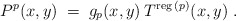
\begin{align*}P^p(x,y) \;=\; g_p(x,y) \:T^{\mbox{\scriptsize{reg}}\:(p)}(x,y) \;. \end{align*}